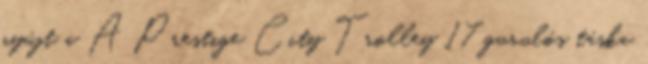
nyújt a A Prestige City Trolley 17 gurulós táska